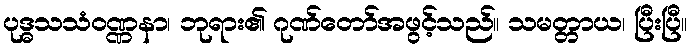
ပုဒ္ဓသသံဝဏ္ဏနာ၊ ဘုရား၏ ဂုဏ်တော်အဖွင့်သည်။ သမတ္တာယ၊ ပြီးပြီ။